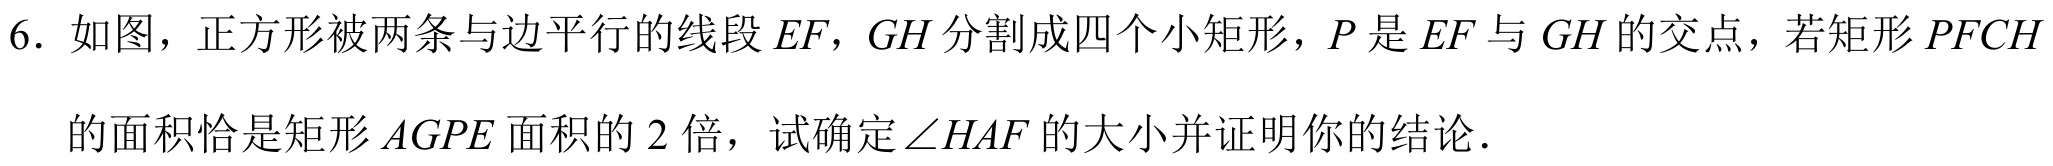
6. 如图，正方形被两条与边平行的线段\(EF\)，\(GH\)分割成四个小矩形，\(P\)是\(EF\)与\(GH\)的交点，若矩形\(PFCH\)的面积恰是矩形\(AGPE\)面积的\(2\)倍，试确定\(\angle HAF\)的大小并证明你的结论．